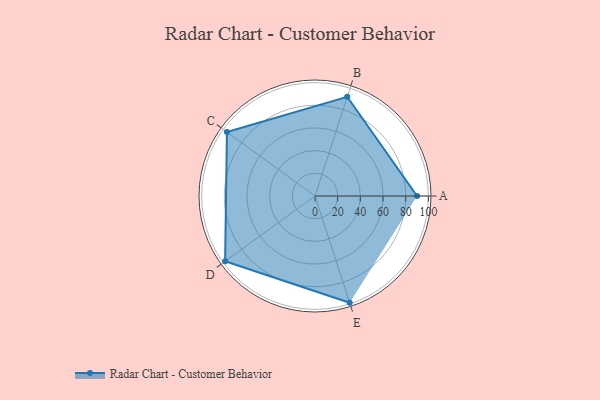
{"axis": {"x": "Skill", "y": "Score"}, "legend": ["Profile"], "data": [{"x": "A", "y": 90.0, "type": "Profile"}, {"x": "B", "y": 92.0, "type": "Profile"}, {"x": "C", "y": 96.0, "type": "Profile"}, {"x": "D", "y": 98.0, "type": "Profile"}, {"x": "E", "y": 99, "type": "Profile"}]}